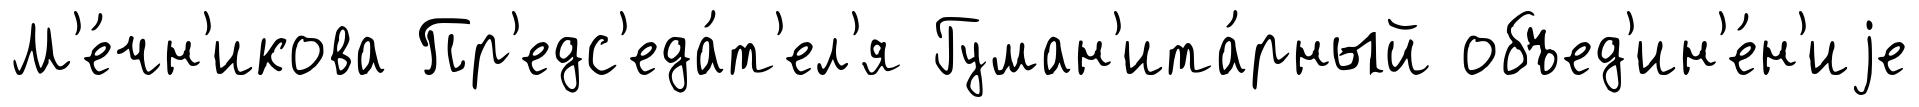
М'е́чн'икова Пр'едс'еда́т'ел'я Гуман'ита́рный объед'ин'е́н'иjе